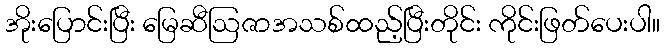
အိုးပြောင်းပြီး မြေဆီဩဇာအသစ်ထည့်ပြီးတိုင်း ကိုင်းဖြတ်ပေးပါ။